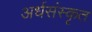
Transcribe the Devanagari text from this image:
अर्धसंस्कृत